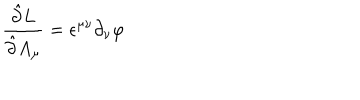
\frac { \hat { \partial } L } { \hat { \partial } A _ { \mu } } = \epsilon ^ { \mu \nu } \partial _ { \nu } \varphi